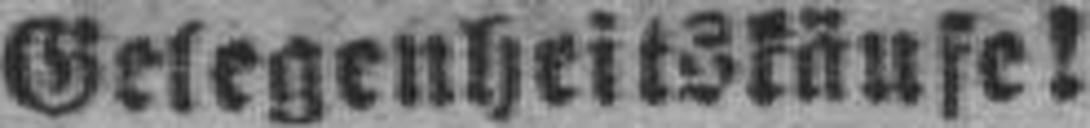
Gelegenheitskäufe!